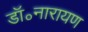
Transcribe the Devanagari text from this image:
डॉ॰नारायण